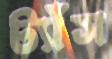
ট্যাঁস